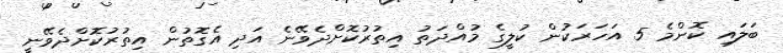
ބަލައި ކޮންމެ 5 އަހަރަކުން ކުލީގެ މުއްދަތު އިތުރުކޮށްދެވޭނެ އަދި އެގޮތުން އިތުރުކޮށްދެވޭނީ